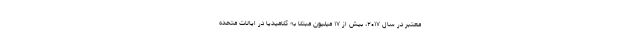
معتبر در سال ۲۰۱۷، بیش از ۱۷ میلیون مبتلا به کلامیدیا در ایالات متحده